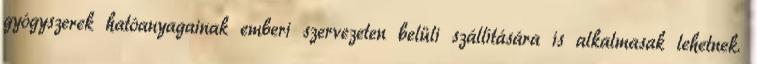
gyógyszerek hatóanyagainak emberi szervezeten belüli szállítására is alkalmasak lehetnek.